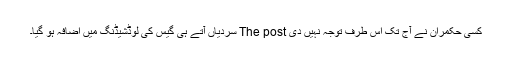
کسی حکمران نے آج تک اس طرف توجہ نہیں دی The post سردیاں آتے ہی گیس کی لوڈشیڈنگ میں اضافہ ہو گیا۔